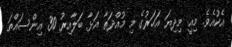
އެކުއެވެ. މިއީ މިދިޔަ އަހަރުގެ މި މުއްދަތާ އަޅާ ބަލާއިރު 30 އިންސައްތަ